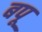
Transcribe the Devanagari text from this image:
बपू